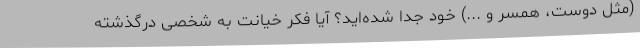
(مثل دوست، همسر و ...) خود جدا شده‌اید؟ آیا فکر خیانت به شخصی درگذشته